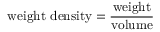
{ \mathrm { w e i g h t ~ d e n s i t y } } = { \frac { \mathrm { w e i g h t } } { \mathrm { v o l u m e } } }